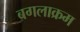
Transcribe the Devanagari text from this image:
बगलाक्रम